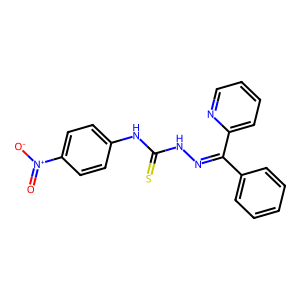
SMILES: O=[N+]([O-])c1ccc(NC(=S)NN=C(c2ccccc2)c2ccccn2)cc1
Inhibits HIV replication: No